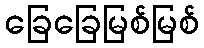
ခြေခြေမြစ်မြစ်